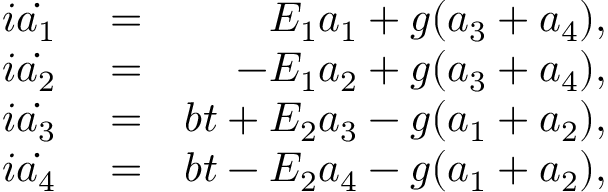
\begin{array} { r l r } { i \dot { a _ { 1 } } } & { { } = } & { E _ { 1 } a _ { 1 } + g ( a _ { 3 } + a _ { 4 } ) , } \\ { i \dot { a _ { 2 } } } & { { } = } & { - E _ { 1 } a _ { 2 } + g ( a _ { 3 } + a _ { 4 } ) , } \\ { i \dot { a _ { 3 } } } & { { } = } & { b t + E _ { 2 } a _ { 3 } - g ( a _ { 1 } + a _ { 2 } ) , } \\ { i \dot { a _ { 4 } } } & { { } = } & { b t - E _ { 2 } a _ { 4 } - g ( a _ { 1 } + a _ { 2 } ) , } \end{array}